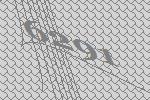
6291